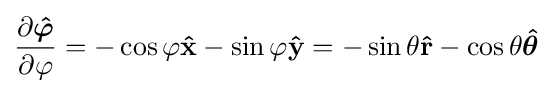
{\frac {\partial {\boldsymbol {\hat {\varphi }}}}{\partial \varphi }}=-\cos \varphi \mathbf {\hat {x}} -\sin \varphi \mathbf {\hat {y}} =-\sin \theta \mathbf {\hat {r}} -\cos \theta {\boldsymbol {\hat {\theta }}}